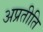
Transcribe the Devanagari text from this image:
अप्रतीति